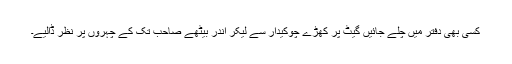
کسی بھی دفتر میں چلے جائیں گیٹ پر کھڑے چوکیدار سے لیکر اندر بیٹھے صاحب تک کے چہروں پر نظر ڈالیے۔